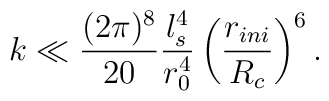
k\ll \frac{(2\pi)^8}{20}\frac{l_s^4}{r_0^4}\left(\frac{r_{ini}}{R_c} \right)^6.